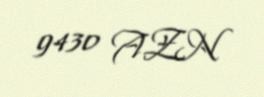
9430 AZN